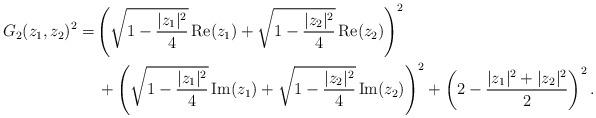
LaTeX: \begin{align*} G_2(z_1,z_2)^2=&\left(\sqrt{1-\frac{|z_1|^2}{4}}\operatorname{Re}(z_1)+\sqrt{1-\frac{|z_2|^2}{4}}\operatorname{Re}(z_2) \right)^2\\ &\, +\left(\sqrt{1-\frac{|z_1|^2}{4}}\operatorname{Im}(z_1)+\sqrt{1-\frac{|z_2|^2}{4}}\operatorname{Im}(z_2) \right)^2+\left(2-\frac{|z_1|^2+|z_2|^2}{2}\right)^2.\end{align*}